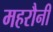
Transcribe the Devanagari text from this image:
महरौनी